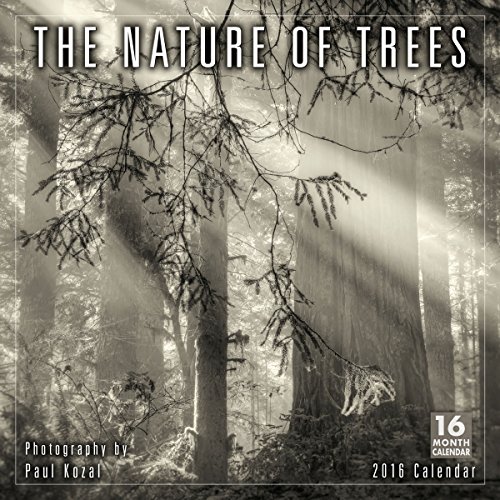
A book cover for Nature of Trees 2016 Wall Calendar; Paul Kozal; Calendars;